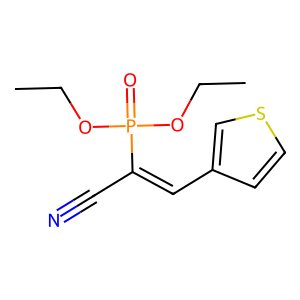
SMILES: CCOP(=O)(OCC)C(C#N)=Cc1ccsc1
Inhibits HIV replication: No